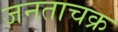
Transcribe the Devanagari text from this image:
जनताचक्र